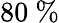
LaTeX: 80~\%